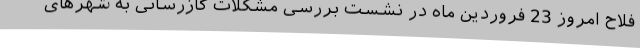
فلاح امروز 23 فروردین ماه در نشست بررسی مشکلات گازرسانی به شهرهای